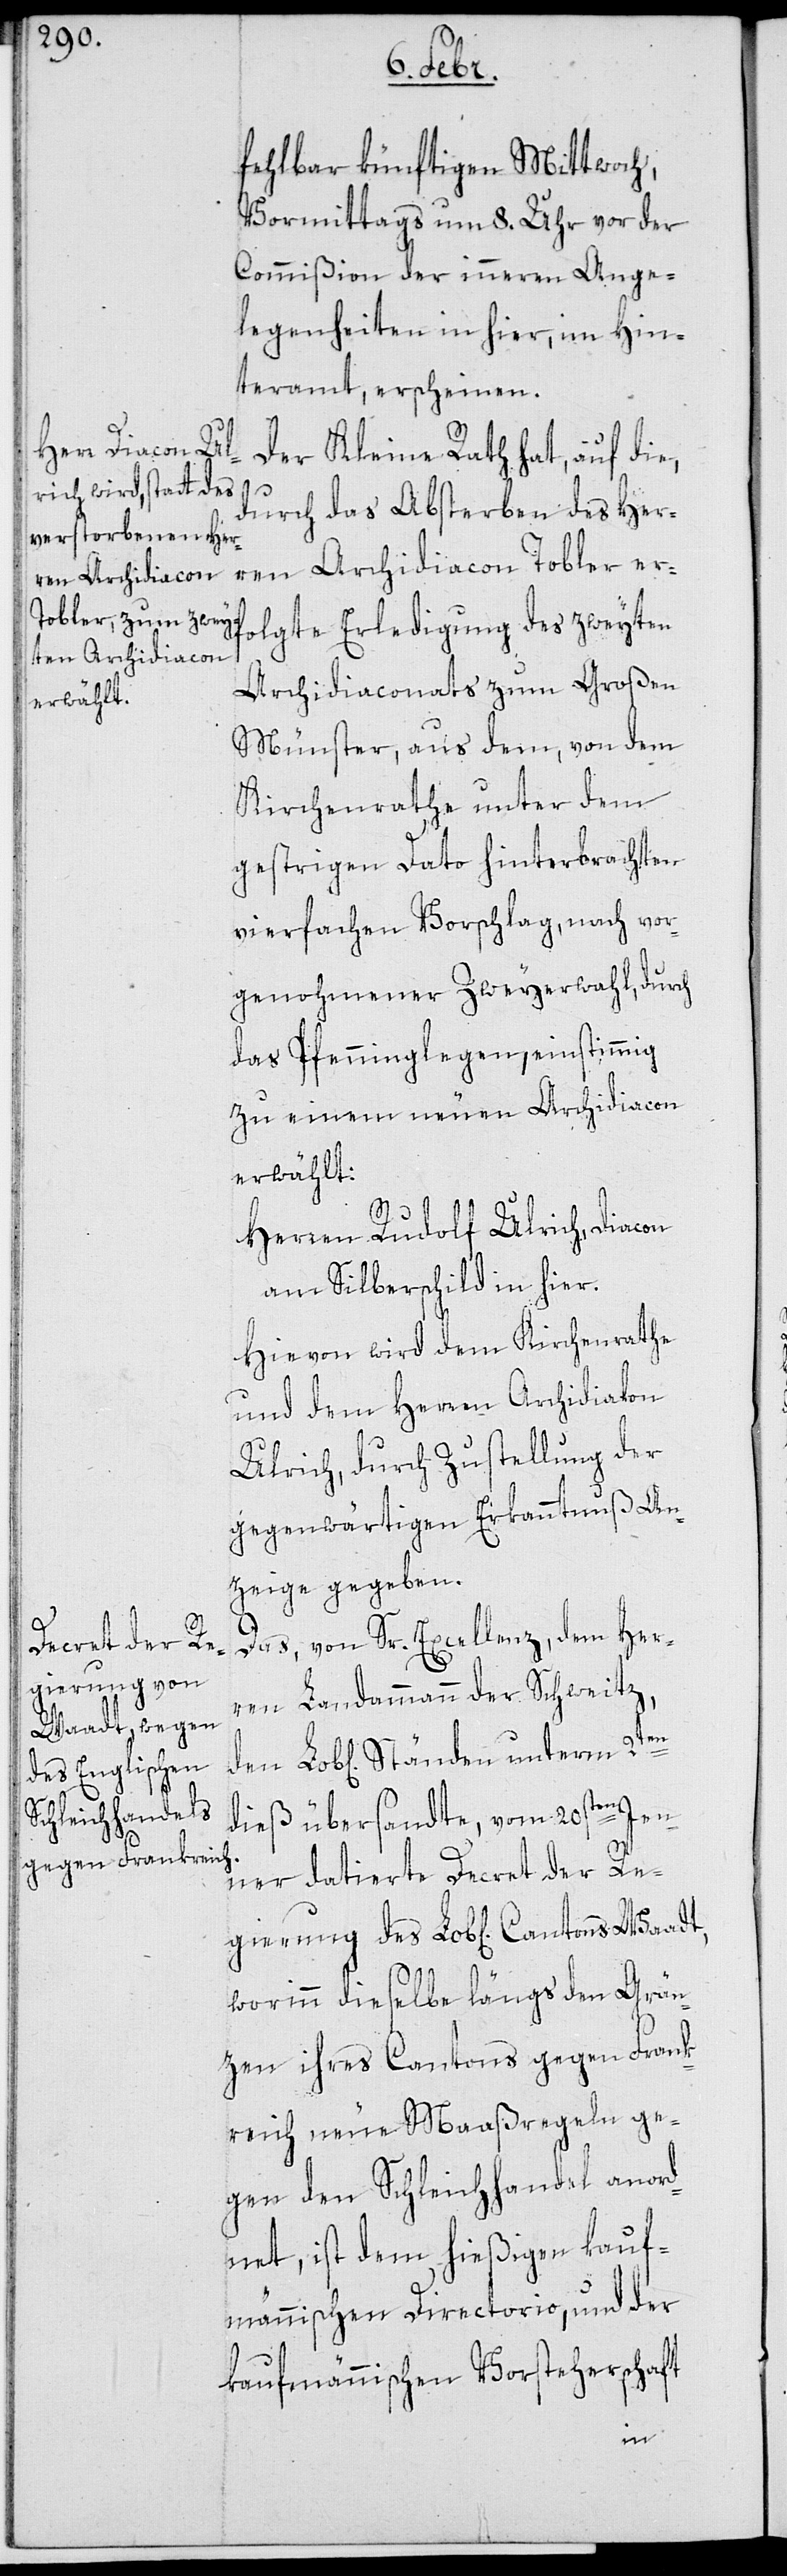
fehlbar künftigen Mittwoch,
Vormittags um 8. Uhr vor der
Commißion der inneren Ange¬
legenheiten in hier, im Hin¬
teramt, erscheinen.
Der Kleine Rath hat, auf die,
durch das Absterben des Her¬
ren Archdiacon
Tobler erfolgte Erledigung des zweyten
Archdiaconats zum Großen
Münster, aus dem von dem
Kirchenrathe unter dem
gestrigen Dato hinterbrachten
vierfachen Vorschlag, nach vor¬
genohmener Zweyerwahl, durch
das Pfenninglegen, einstimmig
zu einem neuen Archidiacon
erwählt:
Herren Rudolf Ulrich, Diacon
am Silberschild in hier.
Hievon wird dem Kirchenrathe
und dem Herren Archdiacon
Ulrich, durch Zustellung der
gegenwärtigen Erkanntnuß An¬
zeige gegeben.
Das, von Sr. Excellenz, dem Her¬
gierung des
ren Landammann der Schweitz,
dieß übersandte, vom 20sten Jen¬
ner datierte Decret der Re¬
worinn dieselbe längs den Grän¬
zen ihres Cantons gegen Frank¬
reich neue Maaßregeln ge¬
gen den Schleichhandel anord¬
net, ist dem hießigen kauf¬
männischen Directorio, und der
kaufmännischen Vorsteherschaft